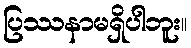
ပြဿနာမရှိပါဘူး။